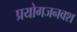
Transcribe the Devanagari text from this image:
प्रयोगजनवश